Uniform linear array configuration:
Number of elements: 24
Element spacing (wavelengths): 1
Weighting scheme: hamming
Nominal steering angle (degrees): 30
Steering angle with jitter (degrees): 29.629
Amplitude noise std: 0.05
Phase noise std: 0.05

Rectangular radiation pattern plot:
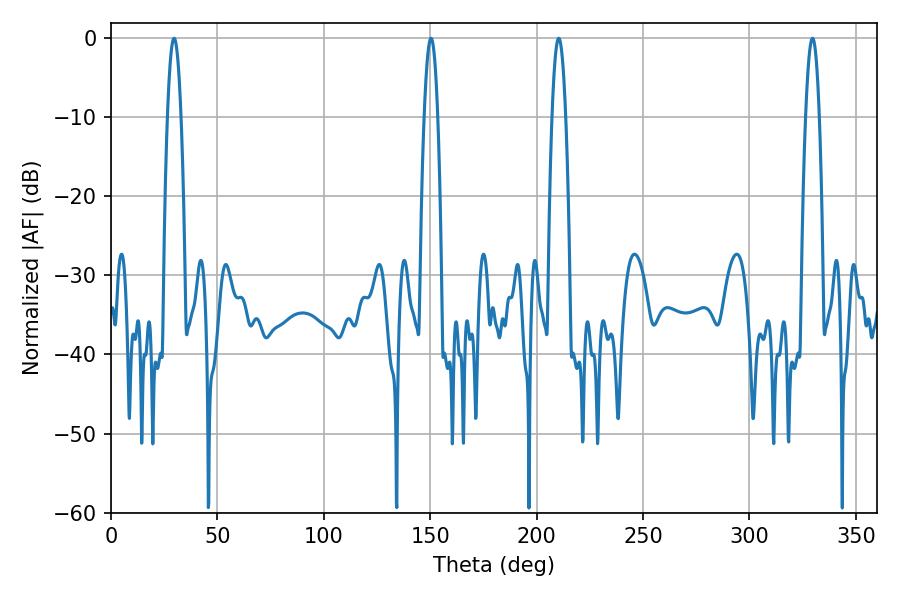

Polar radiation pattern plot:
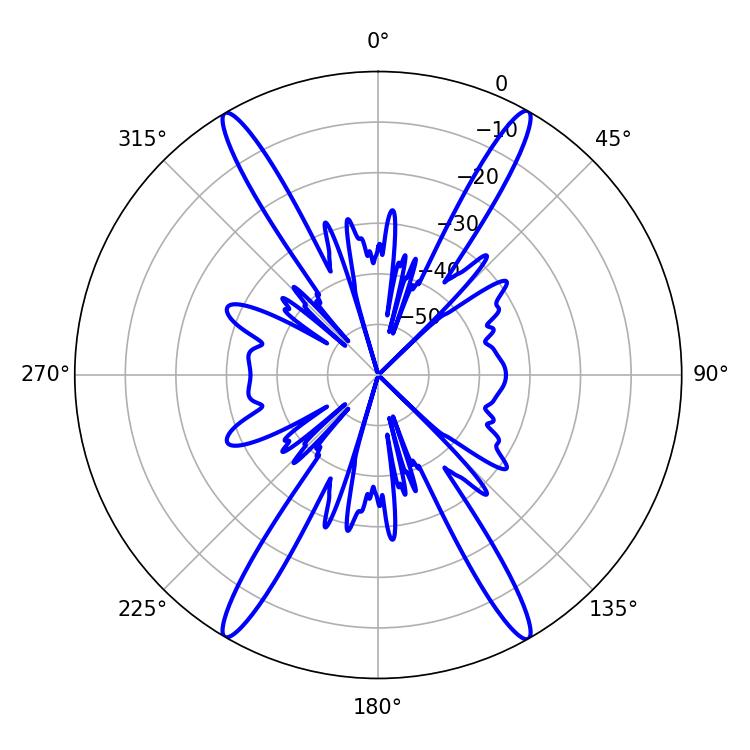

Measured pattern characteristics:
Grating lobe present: TRUE
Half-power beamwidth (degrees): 3.42
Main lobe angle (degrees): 210.42